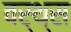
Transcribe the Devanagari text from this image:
वर्थ्स